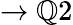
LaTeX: \to\mathbb{Q}2